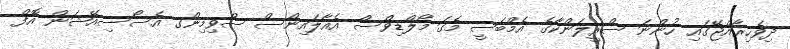
ދިވެހިރާއްޖޭގައި ހުންނަ ސްރީލަންކާގެ އެމްބަސީ މެގަ މޯލްޑިވްސް އެއާލައިންސް ސްވިމިންގ އެސޯސިއޭޝަން އޮފް